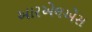
આરએલએસ